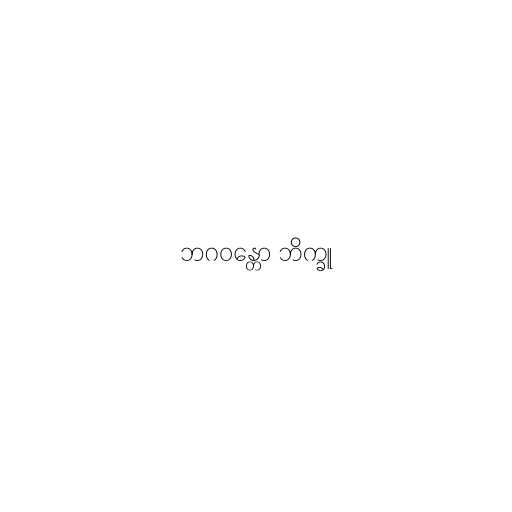
ဘဂဝန္တော ဘိက္ခူ